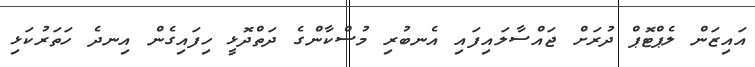
އައިޒަން ލެޕްޓޮޕް ދުރަށް ޖައްސާލައިފައި އެނބުރި މުސްކާންގެ ދަތްދޮޅީ ހިފައިގެން އިނދެ ހަތަރުކަޅި